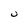
Character: U